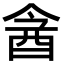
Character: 酓